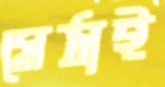
মেঠাই